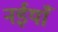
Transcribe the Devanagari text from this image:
नईयाँ